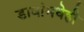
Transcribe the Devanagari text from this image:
डावांमधेही